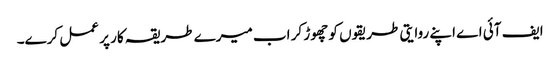
ایف آئی اے اپنے روایتی طریقوں کو چھوڑ کر اب میرے طریقہ کار پر عمل کرے۔